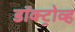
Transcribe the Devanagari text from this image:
डॉक्ट्रोव्ह